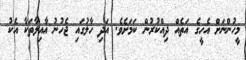
މީހުންނަށް އެހީގެ އަތެއް ދިއްކުރުން ކަމަށެވެ. އަދި ހާލުގައި ޖެހުނު އާއިލާތަކާ އެކު